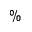
\%